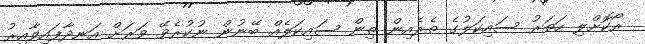
ރޯކޮށްލި ހަތަރު ސައިކަލުގެ ތެރެއިން ތިން ސައިކަލެއް ބޭނުން ނުކުރެވޭ ވަރަށް އަނދާފައިވާއިރު